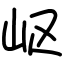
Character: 岖